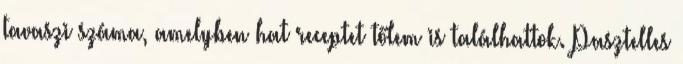
tavaszi száma, amelyben hat receptet tőlem is találhattok. Pasztelles